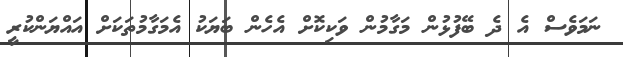
ނަމަވެސް އެ ދެ ބޭފުޅުން މަގާމުން ވަކިކޮށް އެހެން ބަޔަކު އެމަގާމުތަކަށް އައްޔަންކުރީ